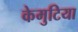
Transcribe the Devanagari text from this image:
केमुटिया